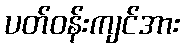
ပတ်ဝန်းကျင်အား